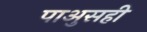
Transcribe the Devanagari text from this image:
पाअुसही